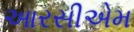
આરસીએમ